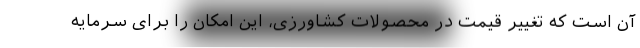
آن است که تغییر قیمت در محصولات کشاورزی، این امکان را برای سرمایه